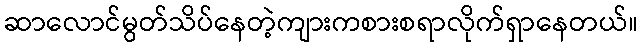
ဆာလောင်မွတ်သိပ်နေတဲ့ကျားကစားစရာလိုက်ရှာနေတယ်။